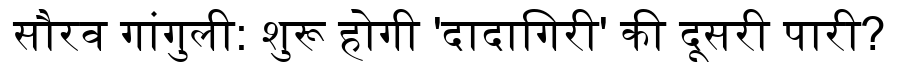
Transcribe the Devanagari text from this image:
सौरव गांगुली: शुरू होगी 'दादागिरी' की दूसरी पारी?